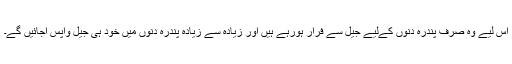
اس لیے وہ صرف پندرہ دنوں کےلیے جیل سے فرار ہورہے ہیں اور زیادہ سے زیادہ پندرہ دنوں میں خود ہی جیل واپس آجائیں گے۔